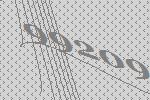
99209